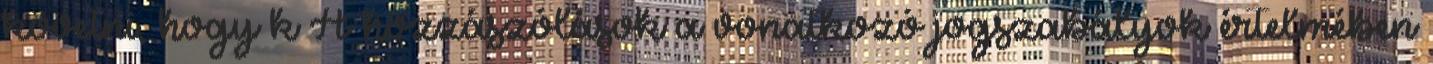
követni, hogy k A hozzászólások a vonatkozó jogszabályok értelmében